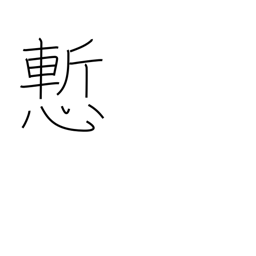
Meaning: ashamed